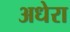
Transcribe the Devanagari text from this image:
अधेरा